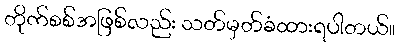
တိုက်စစ်အဖြစ်လည်း သတ်မှတ်ခံထားရပါတယ်။